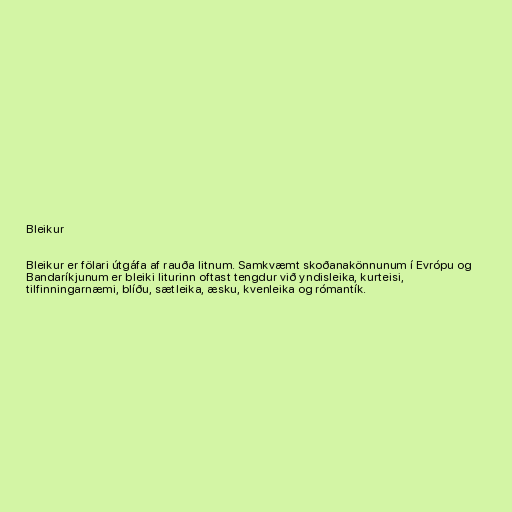
Bleikur

Bleikur er fölari útgáfa af rauða litnum. Samkvæmt skoðanakönnunum í Evrópu og
Bandaríkjunum er bleiki liturinn oftast tengdur við yndisleika, kurteisi,
tilfinningarnæmi, blíðu, sætleika, æsku, kvenleika og rómantík.